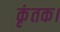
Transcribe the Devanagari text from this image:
कृंतक।